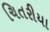
ચિતરીયા